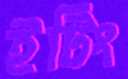
ইটিং